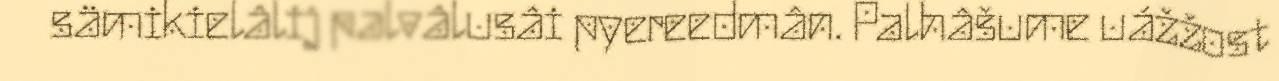
sämikielâlij palvâlusâi pyereedmân. Palhâšume uážžost